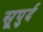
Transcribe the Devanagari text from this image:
सूपुर्द